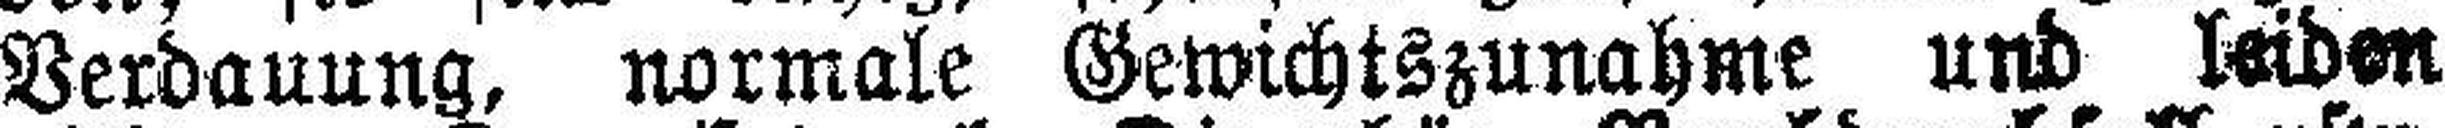
Verdauung, normale Gewichtszunahme und leiden